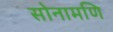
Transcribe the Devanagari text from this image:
सोनामणि